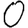
Digit: 0